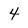
Character: 4